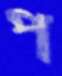
প